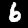
Digit: 6